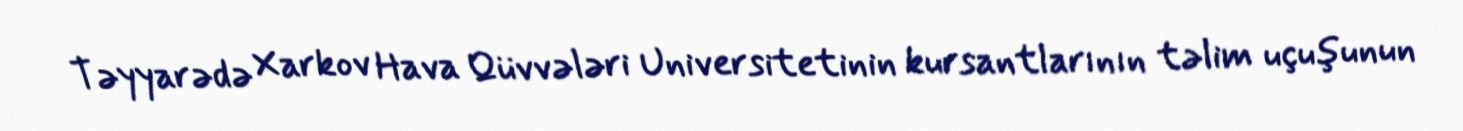
Təyyarədə Xarkov Hava Qüvvələri Universitetinin kursantlarının təlim uçuşunun